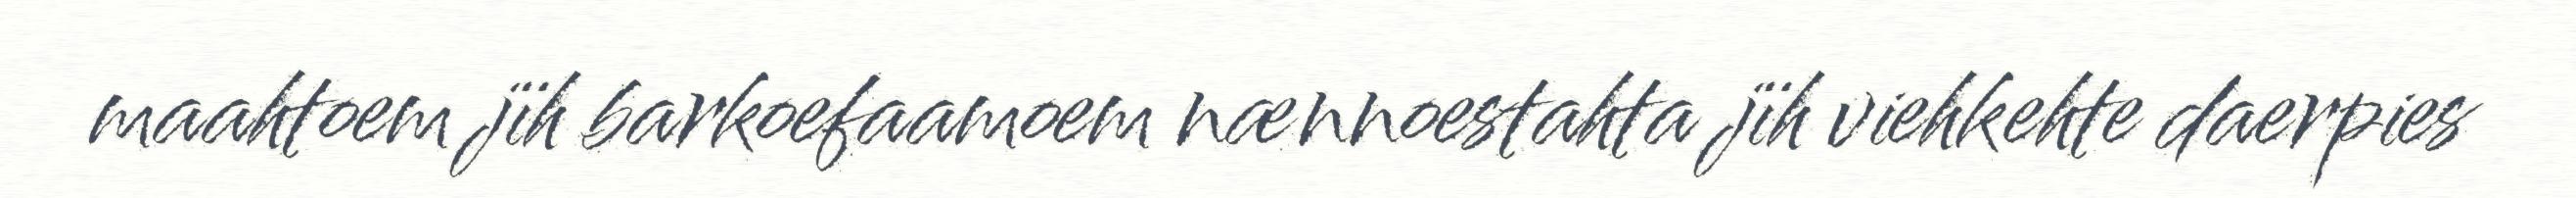
maahtoem jïh barkoefaamoem nænnoestahta jïh viehkehte daerpies